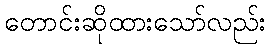
တောင်းဆိုထားသော်လည်း